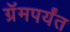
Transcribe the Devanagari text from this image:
ग्रॅमपर्यंत